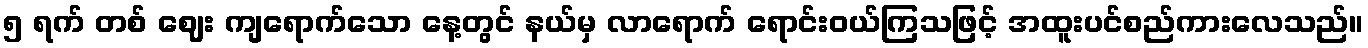
၅ ရက် တစ် ဈေး ကျရောက်သော နေ့တွင် နယ်မှ လာရောက် ရောင်းဝယ်ကြသဖြင့် အထူးပင်စည်ကားလေသည်။